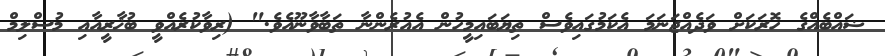
ޟައްބެއްގެ ހޮރަކަށް ވަދެއްޖަނަމަ އެކަމުގައިވެސް ތިޔަބައިމީހުން އެއުރެންނާ ތަބާވާނޫއެވެ." (ރިވާކުރެއްވީ ބުޚާރީއާއި މުސްލިމް